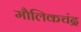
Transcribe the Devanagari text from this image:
मौलिकचंद्र